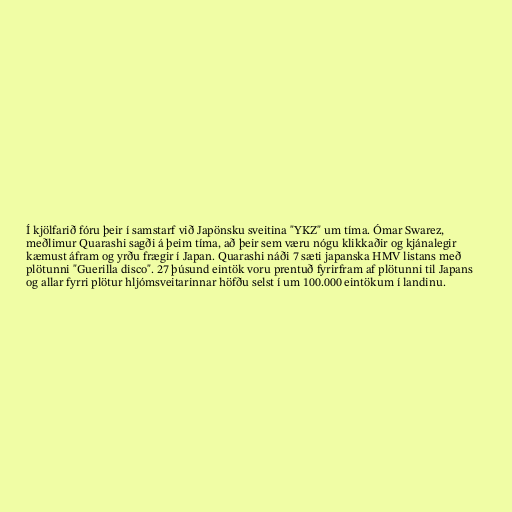
Í kjölfarið fóru þeir í samstarf við Japönsku sveitina "YKZ" um tíma. Ómar Swarez,
meðlimur Quarashi sagði á þeim tíma, að þeir sem væru nógu klikkaðir og kjánalegir
kæmust áfram og yrðu frægir í Japan. Quarashi náði 7 sæti japanska HMV listans með
plötunni "Guerilla disco". 27 þúsund eintök voru prentuð fyrirfram af plötunni til Japans
og allar fyrri plötur hljómsveitarinnar höfðu selst í um 100.000 eintökum í landinu.